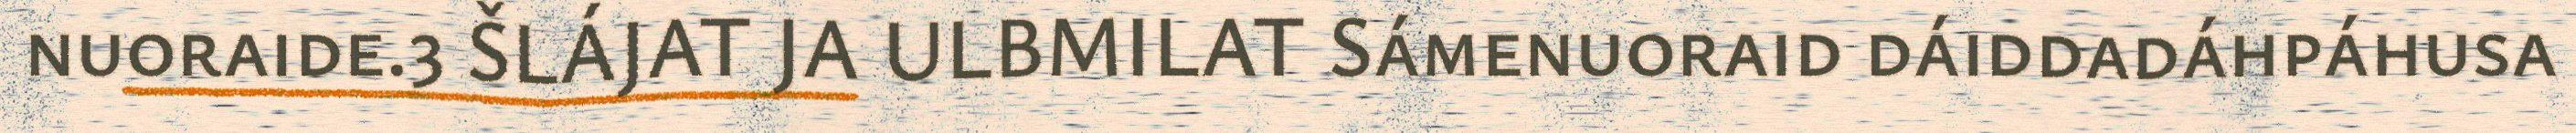
nuoraide.3 ŠLÁJAT JA ULBMILAT Sámenuoraid dáiddadáhpáhusa